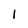
Character: I